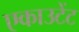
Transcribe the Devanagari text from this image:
एकाउटेंट